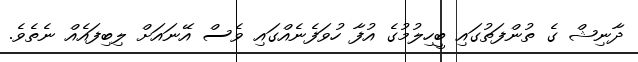
ދާނިޝް ގެ ތުންފަތުގައި ބީހިލުމުގެ އުފާ ހުވަފެނެއްގައި ވެސް އޭނައަށް ލިބިފައެއް ނެތެވެ.